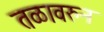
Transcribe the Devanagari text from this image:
तळावरुन